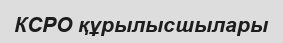
КСРО құрылысшылары